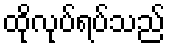
ထိုလုပ်ရပ်သည်